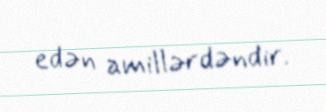
edən amillərdəndir.